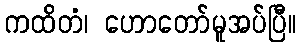
ကထိတံ၊ ဟောတော်မူအပ်ပြီ။